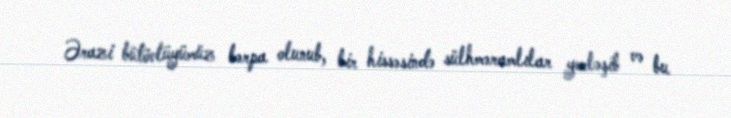
Ərazi bütövlüyümüz bərpa olunub, bir hissəsində sülhməramlılar yerləşib və bu